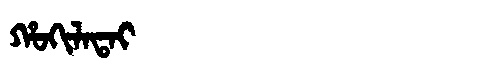
Manchu: ᡥᠣᡴᡳᠯᠠᡨᠠᡳ
Romanization: HOKILATAI